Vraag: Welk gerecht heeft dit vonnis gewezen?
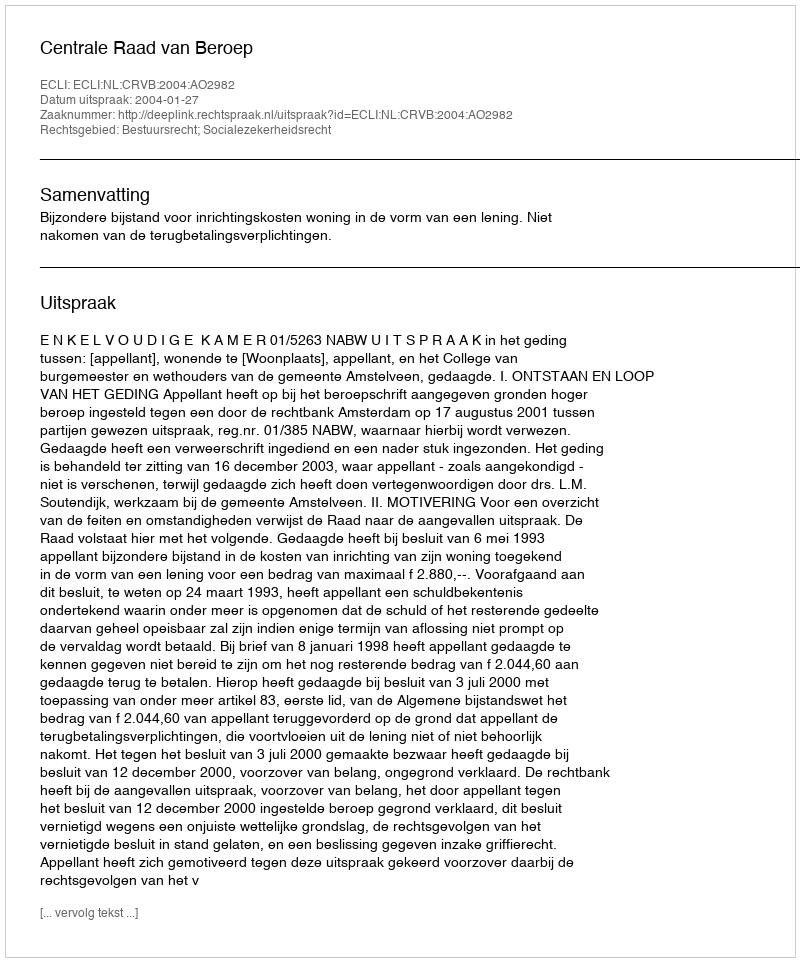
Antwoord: Centrale Raad van Beroep